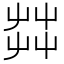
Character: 茻